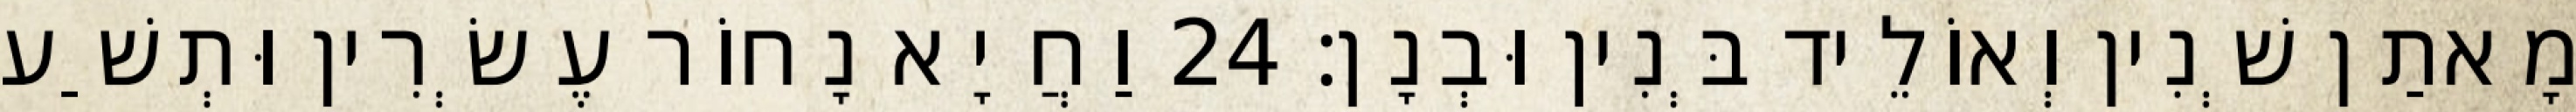
מָאתַן שְׁנִין וְאוֹלֵיד בְּנִין וּבְנָן׃ 24 וַחֲיָא נָחוֹר עֶשְׂרִין וּתְשַׁע